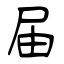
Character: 届